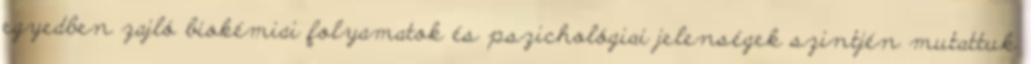
egyedben zajló biokémiai folyamatok és pszichológiai jelenségek szintjén mutattuk